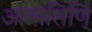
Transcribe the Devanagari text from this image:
आत्मसिणि्